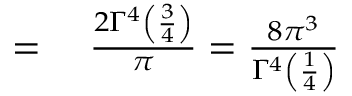
\begin{array} { r l } { = { } } & { { } { \frac { 2 \Gamma ^ { 4 } \left( { \frac { 3 } { 4 } } \right) } { \pi } } = { \frac { 8 \pi ^ { 3 } } { \Gamma ^ { 4 } \left( { \frac { 1 } { 4 } } \right) } } } \end{array}